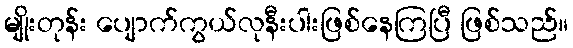
မျိုးတုန်း ပျောက်ကွယ်လုနီးပါးဖြစ်နေကြပြီ ဖြစ်သည်။